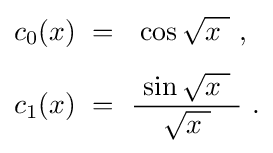
{\begin{aligned}c_{0}(x)~&=~~\cos {\sqrt {x\ }}\ ,\\[1ex]c_{1}(x)~&=~{\frac {\ \sin {\sqrt {x\ }}\ }{\sqrt {x\ }}}~.\end{aligned}}